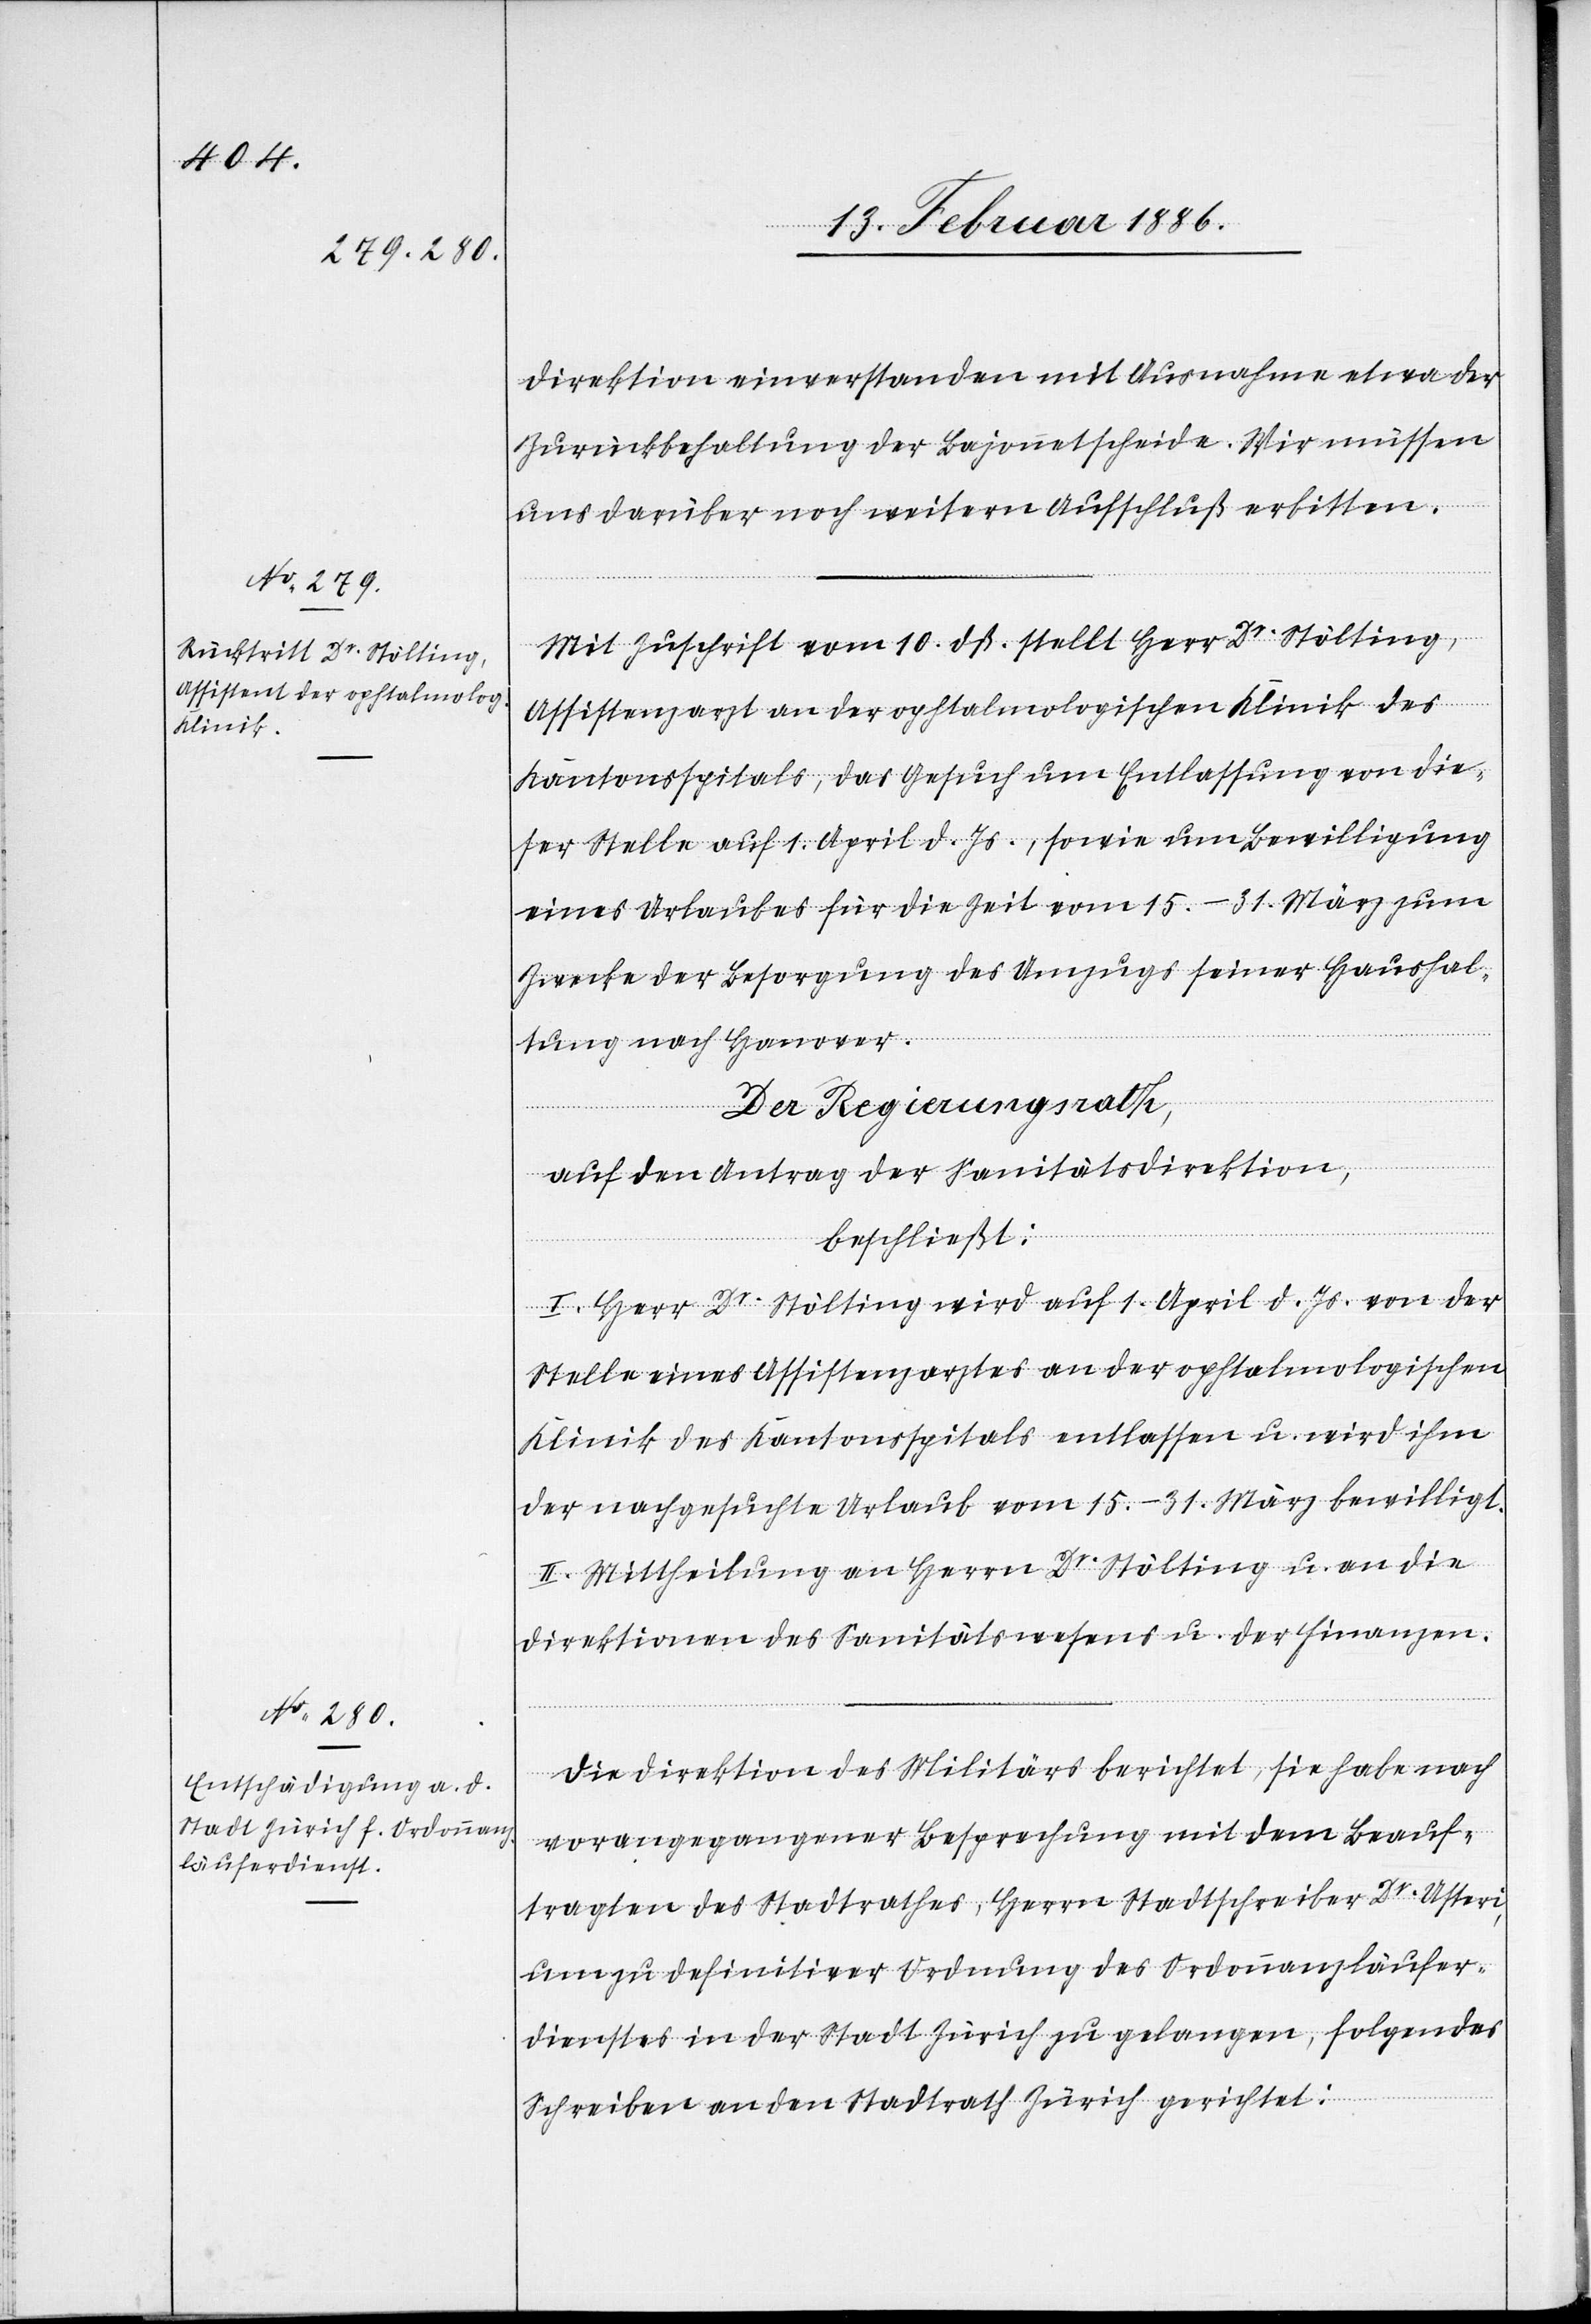
direktion einverstanden mit Ausnahme etwa der
Zurückbehaltung der Bajonnetscheide. Wir müssen
uns darüber noch weitern Aufschluß erbitten.
Mit Zuschrift vom 10. dß. stellt Herr Dr. Stölting,
Assistenzarzt an der ophtalmologischen Klinik des
Kantonsspitals, das Gesuch um Entlassung von die¬
ser Stelle auf 1. April d. Js., sowie um Bewilligung
eines Urlaubes für die Zeit vom 15.–31. März zum
Zwecke der Besorgung des Umzugs seiner Haushal¬
tung nach Hanover.
Der Regierungsrath,
auf den Antrags der Sanitätsdirektion,
beschließt:
I. Herr Dr. Stölting wird auf 1. April d. Js. von der
Stelle eines Assistentsarztes an der ophtalmologischen
Klinik des Kantonsspitals entlassen u. wird ihm
der nachgesuchte Urlaub vom 15.–31. März bewilligt.
II. Mittheilung an Herrn Dr. Stölting u. an die
Direktion des Sanitätswesens u. der Finanzen.
Die Direktion des Militärs berichtet, sie habe nach
vorangegangener Besprechung mit dem Beauf¬
tragten des Stadtrathes, Herrn Stadtschreiber Dr. Usteri,
um zu definitiver Ordnung des Ordonnanzläufer¬
dienstes in der Stadt Zürich zu gelangen, folgendes
Schreiben an den Stadtrath Zürich gerichtet: